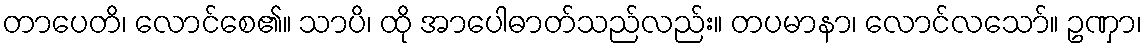
တာပေတိ၊ လောင်စေ၏။ သာပိ၊ ထို အာပေါဓာတ်သည်လည်း။ တပမာနာ၊ လောင်လသော်။ ဥဏှာ၊